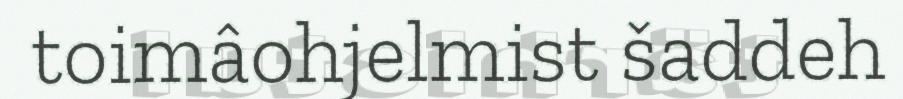
toimâohjelmist šaddeh